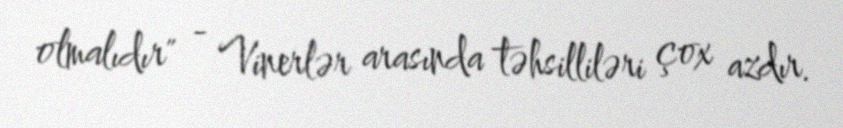
olmalıdır" - Vinerlər arasında təhsilliləri çox azdır.